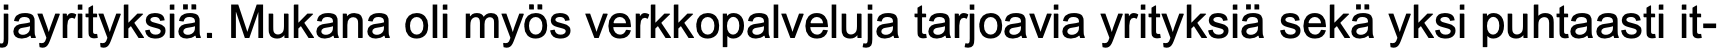
jayrityksiä. Mukana oli myös verkkopalveluja tarjoavia yrityksiä sekä yksi puhtaasti it-